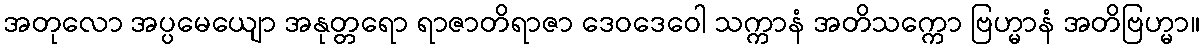
အတုလော အပ္ပမေယျော အနုတ္တရော ရာဇာတိရာဇာ ဒေဝဒေဝေါ သက္ကာနံ အတိသက္ကော ဗြဟ္မာနံ အတိဗြဟ္မာ။